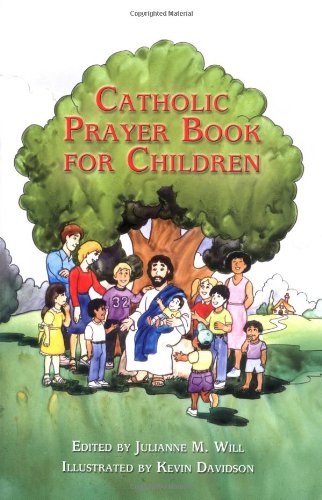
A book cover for Catholic Prayer Book for Children; Christian Books & Bibles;